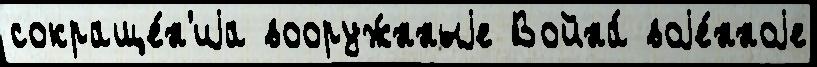
сокраще́н'иjа вооруж́нныjе Война́ воjе́нноjе